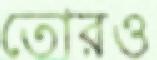
তোরও